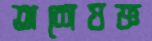
অশেষজ্ঞ